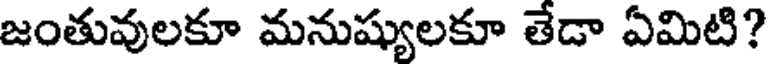
జంతువులకూ మనుష్యులకూ తేడా ఏమిటి?